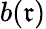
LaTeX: b(\mathfrak{r})